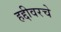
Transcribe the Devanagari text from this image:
हद्दीवरचे